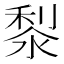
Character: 㴝